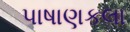
પાષાણકલા